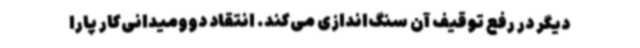
دیگر در رفع توقیف آن سنگ‌اندازی می‌کند. انتقاد دوومیدانی‌کار پارا